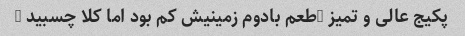
پکیج عالی و تمیز …طعم بادوم زمینیش کم بود اما کلا چسبید …